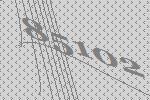
85102